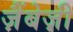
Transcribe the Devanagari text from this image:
ज़ैंबेज़ी